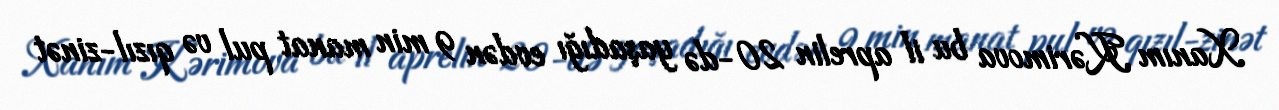
Xanım Kərimova bu il aprelin 20-də yaşadığı evdən 9 min manat pul və qızıl-zinət